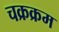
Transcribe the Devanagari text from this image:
चक्रक्रम